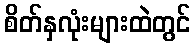
စိတ်နှလုံးများထဲတွင်